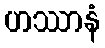
ဟဿာနံ